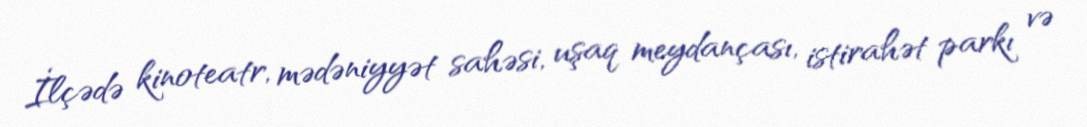
İlçədə kinoteatr, mədəniyyət sahəsi, uşaq meydançası, istirahət parkı və